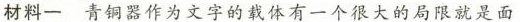
材料一青铜器作为文字的载体有一个很大的局限就是面